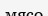
мясо